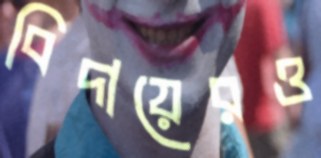
বিদায়েরও